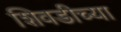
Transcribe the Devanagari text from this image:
शिवडीच्या